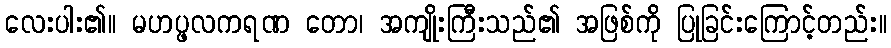
လေးပါး၏။ မဟပ္ဖလကရဏ တော၊ အကျိုးကြီးသည်၏ အဖြစ်ကို ပြုခြင်းကြောင့်တည်း။